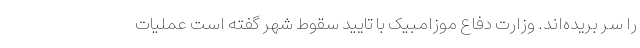
را سر بریده‌اند. وزارت دفاع موزامبیک با تایید سقوط شهر گفته است عملیات